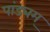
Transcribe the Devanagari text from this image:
पांड्यम्